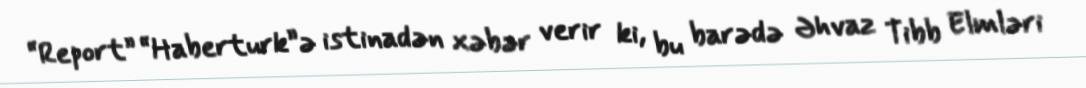
“Report” “Haberturk”ə istinadən xəbər verir ki, bu barədə Əhvaz Tibb Elmləri